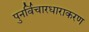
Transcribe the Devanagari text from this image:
पुनर्विचारधाराकरण